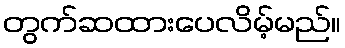
တွက်ဆထားပေလိမ့်မည်။